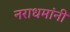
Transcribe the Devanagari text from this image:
नराधमांनी